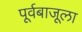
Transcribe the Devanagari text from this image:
पूर्वबाजूला